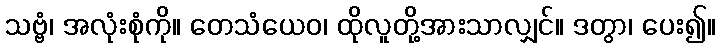
သဗ္ဗံ၊ အလုံးစုံကို။ တေသံယေဝ၊ ထိုလူတို့အားသာလျှင်။ ဒတွာ၊ ပေး၍။